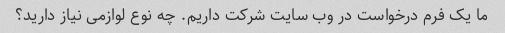
ما یک فرم درخواست در وب سایت شرکت داریم. چه نوع لوازمی نیاز دارید؟